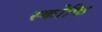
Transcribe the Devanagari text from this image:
स्कोकि